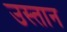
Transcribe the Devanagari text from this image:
उस्तान